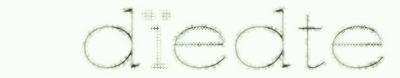
dïedte